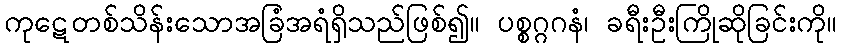
ကုဋေတစ်သိန်းသောအခြံအရံရှိသည်ဖြစ်၍။ ပစ္စဂ္ဂဂနံ၊ ခရီးဦးကြိုဆိုခြင်းကို။